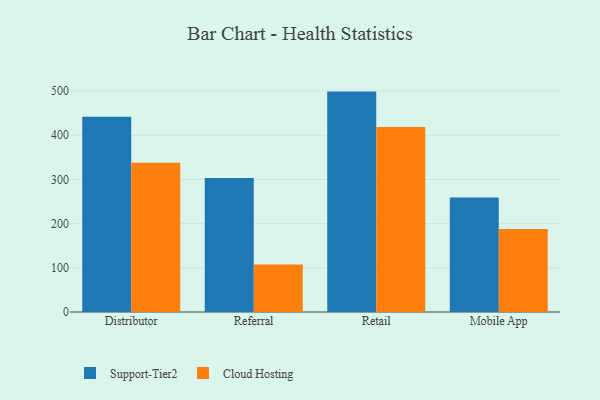
{"axis": {"x": "Channel", "y": "Bounce Rate (%)"}, "legend": ["Cloud Hosting", "Support-Tier2"], "data": [{"x": "Distributor", "y": 441.8, "type": "Support-Tier2"}, {"x": "Distributor", "y": 337.8, "type": "Cloud Hosting"}, {"x": "Referral", "y": 303.1, "type": "Support-Tier2"}, {"x": "Referral", "y": 107.4, "type": "Cloud Hosting"}, {"x": "Retail", "y": 498.9, "type": "Support-Tier2"}, {"x": "Retail", "y": 418.7, "type": "Cloud Hosting"}, {"x": "Mobile App", "y": 259.3, "type": "Support-Tier2"}, {"x": "Mobile App", "y": 187.7, "type": "Cloud Hosting"}]}